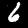
Label: 6